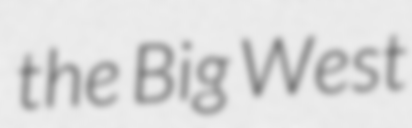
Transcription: the Big West